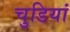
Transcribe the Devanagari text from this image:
चुडियां